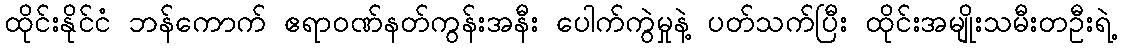
ထိုင်းနိုင်ငံ ဘန်ကောက် ဧရာဝဏ်နတ်ကွန်းအနီး ပေါက်ကွဲမှုနဲ့ ပတ်သက်ပြီး ထိုင်းအမျိုးသမီးတဦးရဲ့